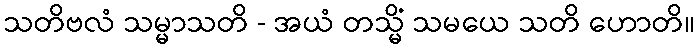
သတိဗလံ သမ္မာသတိ - အယံ တသ္မိံ သမယေ သတိ ဟောတိ။